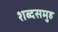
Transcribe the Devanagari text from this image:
शब्दसमुह